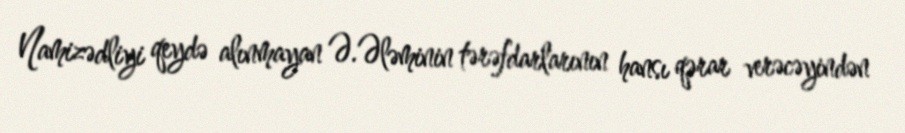
Namizədliyi qeydə alınmayan Ə.Ələminin tərəfdarlarının hansı qərar verəcəyindən